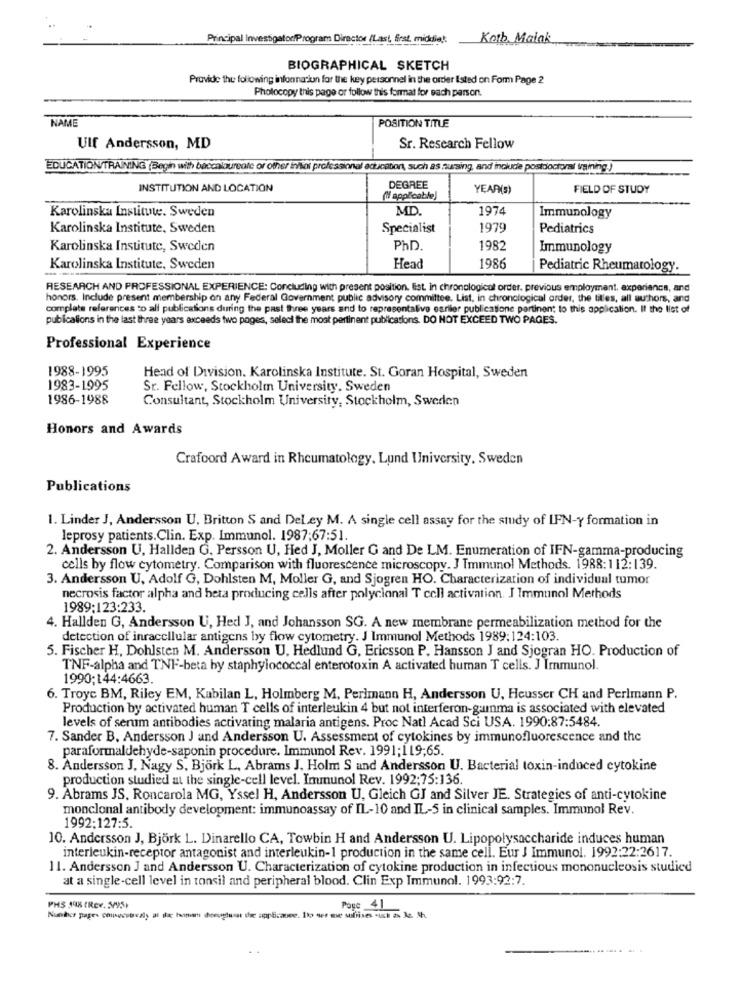
Principal Investigator/Program Director /Last, first, middle!
Korb. Maiak
BIOGRAPHICAL SKETCH
Provide the following infonna lun for the key personnel in the order Isted on Form Page 2
Photocopy this page or follow this format for each person.
NAME
POSITION TITLE
Ulf Andersson, MD
Sr. Research Fellow
EDUCATION/TRAINING (Begin with baccalaureate or other innoi professional education, such as nursing, and include postdoctoral training)
INSTITUTION AND LOCATION
DEGREE
YEAR(S)
FIELD OF STUDY
" applicable)
Karolinska Institute. Sweden
MD.
1974
Immunology
Karolinska Institute, Sweden
Specialist
1979
Pediatrics
Karolinska Institute, Sweden
PhD.
1982
Immunology
Karolinska Institute, Sweden
Head
1986
Pediatric Rheumatology.
RESEARCH AND PROFESSIONAL EXPERIENCE: Concluding with present position. list in chronological order. previous employment, axperience, and
honors. Include present membership on any Federal Government public advisory committee. List, in chronological order, the titles, all authors, and
complete references to all publications during the past three years and to representalive esriler publicatione partinent to this application. If the list of
publications in the last three years exceeds two pages, select the most pertinent publications. DO NOT EXCEED TWO PAGES.
Professional Experience
1988-1995
Head of Division. Karolinska Institute. St. Goran Hospital, Sweden
1983-1995
Sr. Fellow, Stockholm University. Sweden
1986-1988
Consultant, Stockholm University, Stockholm, Sweden
Honors and Awards
Crafoord Award in Rheumatology. Lund University, Sweden
Publications
1. Linder J, Andersson U, Britton S and DeLey M. A single cell assay for the study of IFN-y formation in
leprosy patients.Clin. Exp. Immunol. 1987;67:51
2. Andersson U, Hallden G. Persson U, Hed J, Moller G and De LM. Enumeration of IFN-gamma-producing
cells by flow cytometry. Comparison with fluorescence microscopy. J Immunol Methods. 1988:112:139.
3. Andersson U, Adolf G, Dohlsten M, Moller G, and Sjogren HO. Characterization of individual tumor
necrosis factor alpha and beta producing cells after polyclonal T cell activation. J Immunol Methods
1989:123:233.
4. Hallden G, Andersson U, Hed J, and Johansson SG. A new membrane permeabilization method for the
detection of inracellular antigens by flow cytometry. J Immunol Methods 1989:124:103.
5. Fischer H, Dohlsten M. Andersson U. Hedlund G, Ericsson P. Hansson J and Sjogran HO. Production of
TNF-alpha and TNF-beta by staphylococcal enterotoxin A activated human T cells. J Immunol.
1990:144:4663.
6. Troyc BM, Riley EM, Kubilan L, Holmberg M, Perlmann H, Andersson U, Heusser CH and Perlmann P.
Production by activated human T cells of interleukin 4 but not interferon-gamma is associated with elevated
levels of serum antibodies activating malaria antigens. Proc Natl Acad Sci USA. 1990:87:5484.
7. Sander B. Andersson J and Andersson U. Assessment of cytokines by immunofluorescence and the
paraformaldehyde-saponin procedure. Immunol Rev. 1991;119;65.
8. Andersson J. Nagy S, Bjork L. Abrams J. Holm S and Andersson U. Bacterial toxin-induced cytokine
production studied at the single-cell level. Immunol Rev. 1992;75:136
9. Abrams JS. Roncarola MG, Yssel H, Andersson U, Gleich GJ and Silver JE. Strategies of anti-cytokine
monclonal antibody development: immunoassay of IL-10 and IL-5 in clinical samples. Immunol Rev.
1992:127:5.
10. Andersson J, Björk L. Dinarello CA, Towbin H and Andersson U. Lipopolysaccharide induces human
interleukin-receptor antagonist and interleukin-1 production in the same cell. Eur J Immunol. 1992:22:2617.
11. Andersson J and Andersson U. Characterization of cytokine production in infectious mononucleosis studied
at a single-cell level in tonsil and peripheral blood. Clin Exp Immunol. 1993:92:7.
PHS 198 (Rev. 5/95)
Page 41